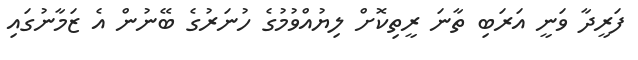
ފަރީދާ ވަނީ އަރަބި ތާނަ ރީތިކޮށް ލިޔުއްވުމުގެ ހުނަރުގެ ބޭނުން އެ ޒަމާނުގައި